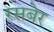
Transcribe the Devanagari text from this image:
रसबेर